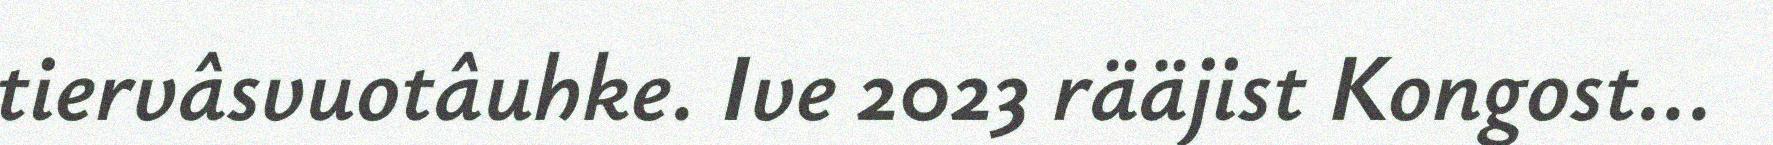
tiervâsvuotâuhke. Ive 2023 rääjist Kongost...